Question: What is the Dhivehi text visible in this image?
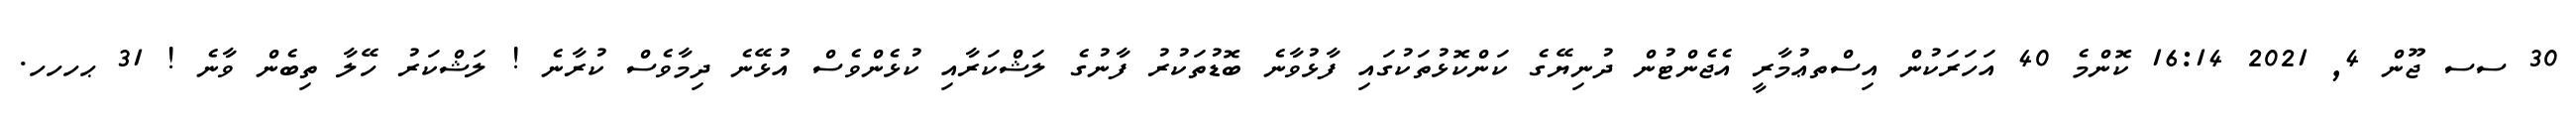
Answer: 30 ސސ ޖޫން 4, 2021 16:14 ކޮންމެ 40 އަހަރަކުން އިސްތޢުމާރީ އެޖެންޓުން ދުނިޔޭގެ ކަންކޮޅުތަކުގައި ފާޅުވާނެ ބޮޑުތަކުރު ފާނުގެ ލަޝްކަރާއި ކުޅެންވެސް އުޅޭނެ ދިމާވެސް ކުރާނެ ! ލަޝްކަރު ހޭލާ ތިބެން ވާނެ ! 31 ޙހހހ.